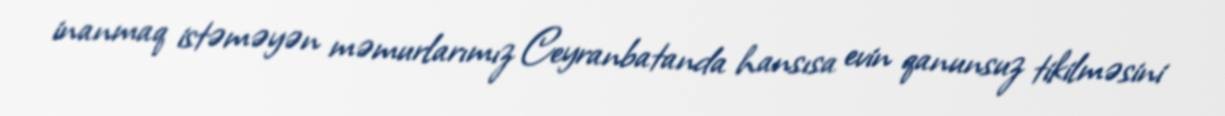
inanmaq istəməyən məmurlarımız Ceyranbatanda hansısa evin qanunsuz tikilməsini